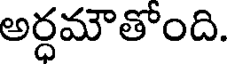
అర్ధమౌతోంది.